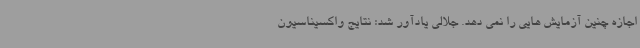
اجازه چنین آزمایش هایی را نمی دهد. جلالی یادآور شد: نتایج واکسیناسیون